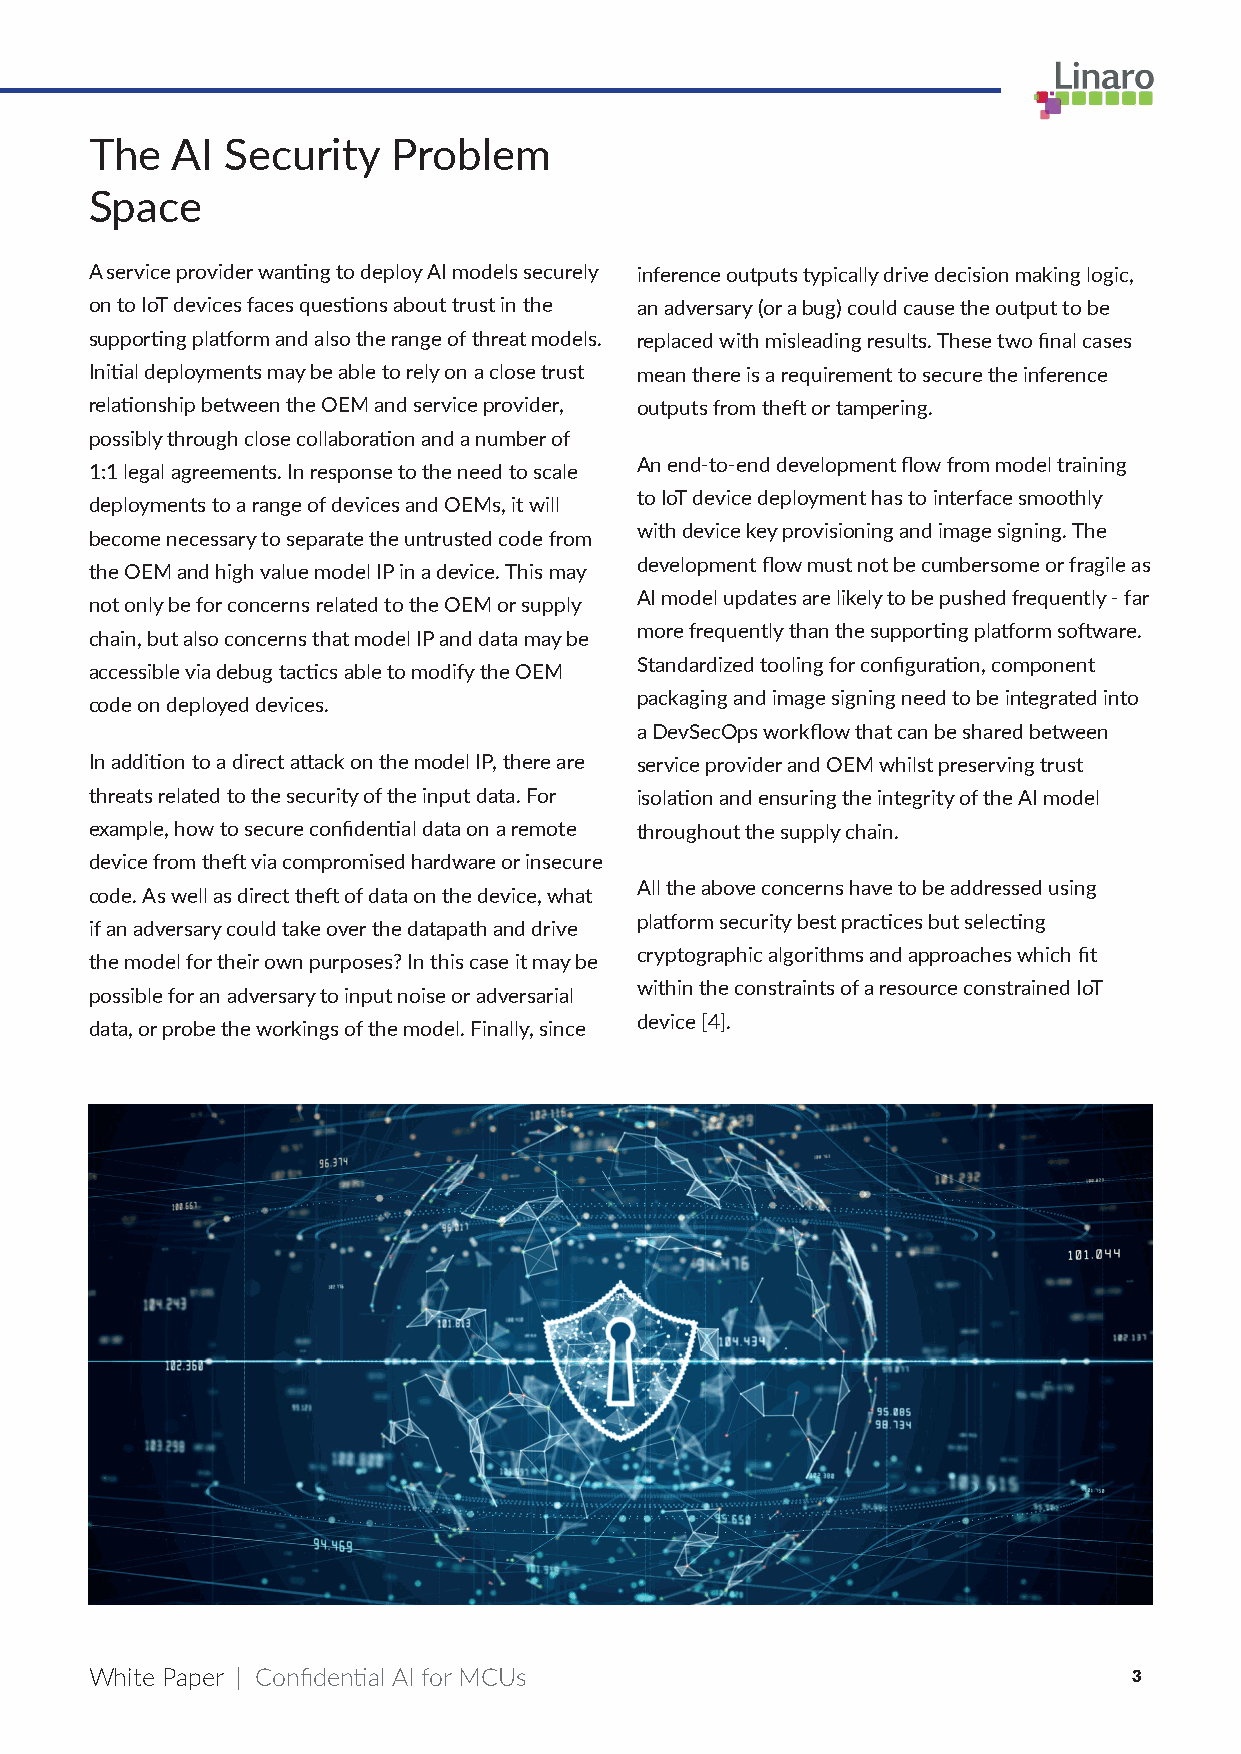
The  AI  Security   Problem
 Space
 A service provider wanting to deploy AI models securely inference outputs typically drive decision making logic,
 on to IoT devices faces questions about trust in the an adversary (or a bug) could cause the output to be
 supporting platform and also the range of threat models. replaced with misleading results. These two final cases
 Initial deployments may be able to rely on a close trust mean there is a requirement to secure the inference
 relationship between the OEM and service provider, outputs from theft or tampering.
 possibly through close collaboration and a number of
 An end-to-end development flow from model training
 1:1 legal agreements. In response to the need to scale
 to IoT device deployment has to interface smoothly
 deployments to a range of devices and OEMs, it will
 with device key provisioning and image signing. The
 become necessary to separate the untrusted code from
 development flow must not be cumbersome or fragile as
 the OEM and high value model IP in a device. This may
 AI model updates are likely to be pushed frequently - far
 not only be for concerns related to the OEM or supply
 more frequently than the supporting platform software.
 chain, but also concerns that model IP and data may be
 Standardized tooling for configuration, component
 accessible via debug tactics able to modify the OEM
 packaging and image signing need to be integrated into
 code on deployed devices.
 a DevSecOps workflow that can be shared between
 In addition to a direct attack on the model IP, there are service provider and OEM whilst preserving trust
 threats related to the security of the input data. For isolation and ensuring the integrity of the AI model
 example, how to secure confidential data on a remote throughout the supply chain.
 device from theft via compromised hardware or insecure
 All the above concerns have to be addressed using
 code. As well as direct theft of data on the device, what
 platform security best practices but selecting
 if an adversary could take over the datapath and drive
 cryptographic algorithms and approaches which fit
 the model for their own purposes? In this case it may be
 within the constraints of a resource constrained IoT
 possible for an adversary to input noise or adversarial
 device [4].
 data, or probe the workings of the model. Finally, since
 White Paper | Confidential AI for MCUs                               3